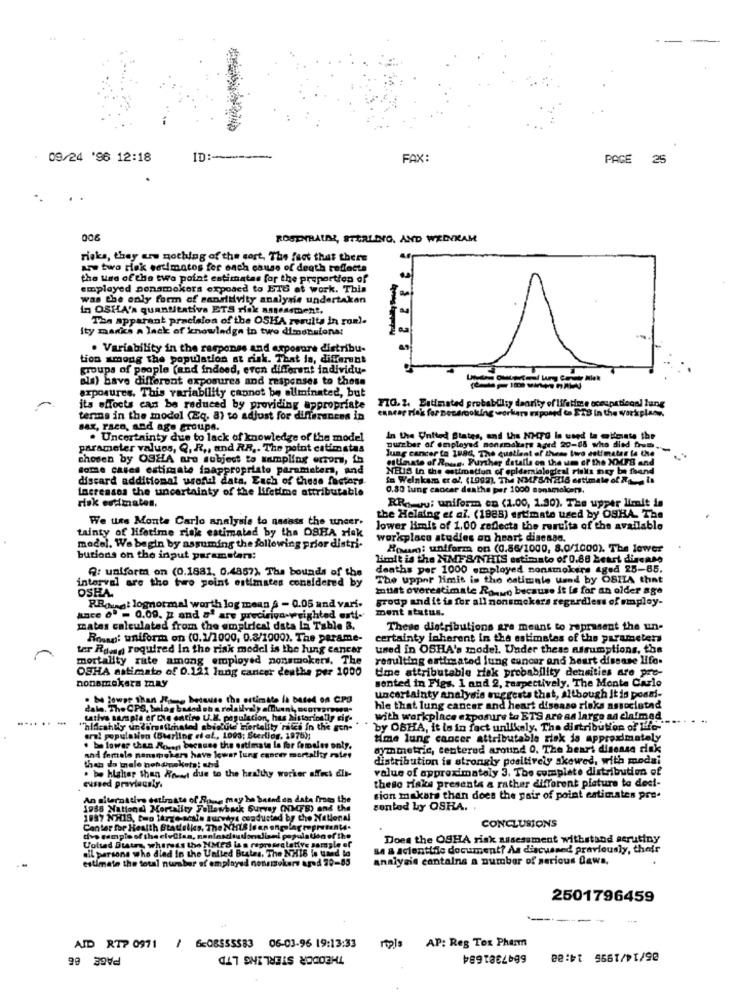
09/24 '96 12:18
ID :-
FAX:
PAGE 25
006
ROSENBAUER, STERLING, AND WREVEAL
risks, they are nothing of the sort, The fact that there
Ar two Hek setimatos for each cause of death reflects
the use of the two point estimates for the proportion of
emplayed penamokers exposed to ETU at work. This
was the only form of sandidvity analysis undertaken
in OSHA's quantitativa ETS risk assessment.
Ths apparant pracision of the OSHA results in rom).
Ity marics a lack of knowledge in two dimensions:
. Variability in the response and exposure distribu-
tion among the population at risk. That is, different
groups of people (and indeed, even different individu-
als) have different exposures and responses to those
exposures. This variability cannot be eliminated, but
FIG. 2. Estimated probability daority of lifetime occupational lung
its efforts can be reduced by providing appropriate
ennear rio's for Demarcoking workers miposed to 223 in the workplas ..
terms in the model (Eq. 8) to adjust for differences in
sax, raco, and age groups.
. Uncertainty due to lack of knowledge of the model
In the United Blates, and the N-To In used la @limate the
parameter values, Q, R ., and RR ,. The point estimstas
pureber of employed monsmakers aged 29-88 who died fromh.
lung cancer to 1886, The quatlent of these two estimater la the
chosen by OSHA are subject to sampling errors, to
estimate of Rows. Further details on the um of the XXFS and
Some cases estimate faappropriate parameters, and
MBIS In the estimation of epidemiological rislis may be found
discard additional useful data. Each of these factors
in Welnkam er of, (1992), The NMFS/NAIS estimate of Rt __ is
Increases the uncertainty of the lifetime attributable
0.80 lung cancer deathe per 1000 sonamokcon,
RR .. vu: uniform en (1.00, 1.30). The upper limit is
risk estimates.
We urs Monte Carlo analysis to nasass the uncer.
the Helaing et al. (1988) ertimate used by OSHA. The
tainty of Hfetime risk estimated by the DSHA Hick
lower limit of 1.00 reflects the remuita of the available
workplace studies ao heart disease.
model. We begin by assuming the following prior distri-
Howam: uniform on (0.86/1000, 8.0/1000). The lower
butions on the input parameters:
Limit is the NMFS/NHIS estimato of 0.88 Heart disease
deaths per 1000 employed nonsmokers aged 25-65.
interval are the two point estimates considered by
A: uniform on (0.1881. 0.4857), The bounds of the
The upper limit in the estimate used by OSILA that
OSHA.
mutat overestimate Rouwt because it is for an older age
RRougt lognormal worth log mean a - 0.05 and vari.
group and it is for all nonsmokers regardless of mploy-
ance of - 0.09. p and af are preciriga-weighted erti- mont status.
matas calculated from the empirical data La Table B.
These distributions are meant to represent the un-
Roman: uniform on (0.1/1000, 0.3/1900). The parame-
certainty inherent in the estimates of the parameters
ter Ramn Foquired In the risk model is the hing cancer
used in OSHA's model. Under thess assumptions, the
mortality rate among employed nonsmokers. The
resulting estimated lung cancer and heart disease lfo-
OSHA astimato of 0.121 lung cancer deathe per 1000
time attributable Hak probability densities are pre-
sented in Figs. 1 and 2, respectively. The Monte Carlo
nonsmokera may
. be lower than Reg because the estimate la based on CPd
uncertainty analysis suggests that, Although it is posmi-
. The CPS, balag baded .h & relatively af
hle that lung cancer and heart disease risks associated
-
cativa sample er'the entire U.K. papulacion, hus historically cif-
with workplace exposure to ETS are as largo an claimed
"hlfcshdly un Zumstichatod abiotite Hiertellty ritci in the gen-
by OBHA, it lo in fact unlikaly. The distribution of Life-
era! population (Sterling et al, 1093; Sterliog, 1976);
Mme lung cancer attributable risk is approximately
be lower than Rgen because the estimate la for females onty.
symmetric, centered around 0. The heart disease diak
and female nonsmokers have lower Tung egnewy mortality rates
than do male nohuinekets! shd
distribution is strongly positively skewed, with modai
. be higher than Frei due to the healthy worker affect dir-
value of approximately 3. The complete distribution of
cussed previously.
theso Hake presents a rather different picture to deci-
An alternative estimate of Ruhig may be based en data from the
mam the
cion makare than does the pair of point estimates pre-
1986 Nationdi Mortality Followback Survey (NUMFB) and the
sonled by OSHA. .
1987 NH18, two large-antie surveys conducted by the National
Center for Health Stattalks, The NHS Ison onplagtepretenw.
CONCLUSIONS
dvo sample of the elvClan, noninstitutionalized population of the
Uolted Butra wheress tho MMES iss representative sample of
Does the OSHA risk assessment withstand scrutiny
dil persons who died in the United Bustes, The NHIS is used lo
sa a scientific document? As discussed previously, their
estimate the total number of employed nonsmokers ared 70-85
analysis contains a number of serious Gawa.
2501796459
AID RTP 0971 / 6c08555583 06-03-96 19:13:33
PAGE 06
THEODOR STERLING LTD
rpls AP: Reg Tox Pharm
6047381684
05/14/1996 14:88